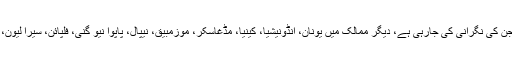
پاکستان ان 12 ممالک میں شامل تھا جن کی نگرانی کی جارہی ہے، دیگر ممالک میں یونان، انڈونیشیا، کینیا، مڈغاسکر، موزمبیق، نیپال، پاپوا نیو گنی، فلپائن، سیرا لیون، تیمور لیسیٹ اور زمبابوے شامل ہیں۔